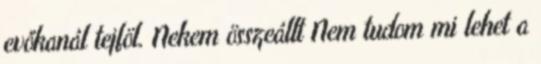
evőkanál tejföl. Nekem összeállt Nem tudom mi lehet a